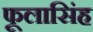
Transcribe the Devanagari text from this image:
फूलासिंह